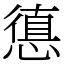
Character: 憄